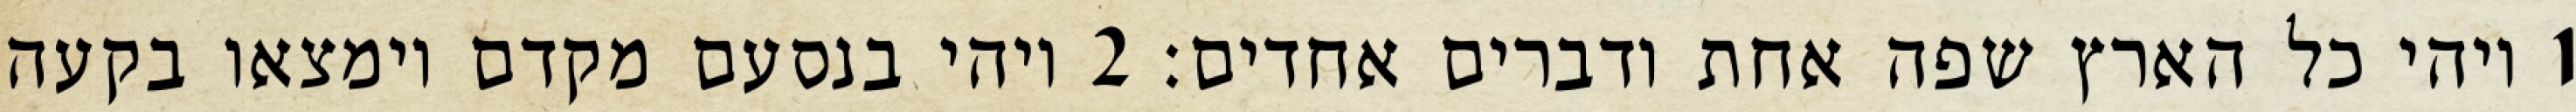
1 ויהי כל הארץ שפה אחת ודברים אחדים׃ ‎2‏ ויהי בנסעם מקדם וימצאו בקעה